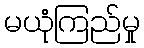
မယုံကြည်မှု